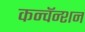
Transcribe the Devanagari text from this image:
कन्वॅन्शन